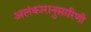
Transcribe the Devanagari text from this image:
अलंकारानुसारिणी